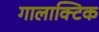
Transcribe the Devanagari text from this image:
गालाक्टिक